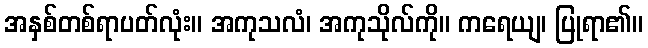
အနှစ်တစ်ရာပတ်လုံး။ အကုသလံ၊ အကုသိုလ်ကို။ ကရေယျ၊ ပြုရာ၏။